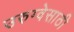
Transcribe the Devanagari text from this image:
उरुग्वेसाठी